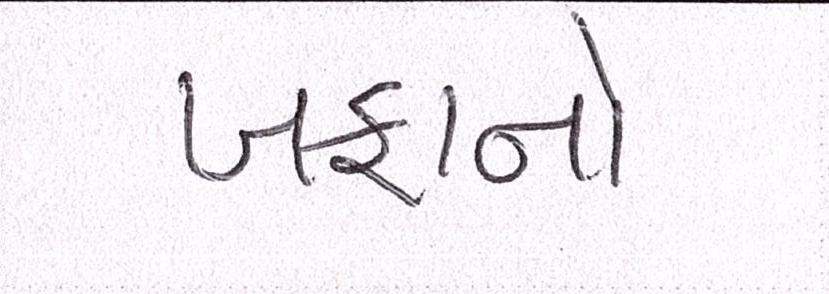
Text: ખફાનો